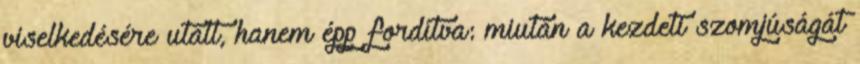
viselkedésére utalt, hanem épp fordítva: miután a kezdeti szomjúságát